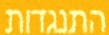
התנגדות